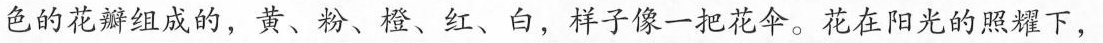
色的花瓣组成的，黄、粉、橙、红、白，样子像一把花伞。花在阳光的照耀下，